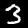
Label: 3